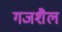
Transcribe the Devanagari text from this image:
गजशैल